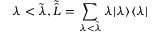
\lambda < \tilde { \lambda } , \tilde { \hat { L } } = \sum _ { \lambda < \tilde { \lambda } } \lambda | \lambda \rangle \langle \lambda |